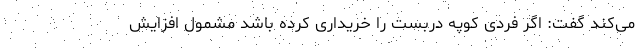
می‌کند گفت: اگر فردی کوپه دربست را خریداری کرده باشد مشمول افزایش